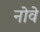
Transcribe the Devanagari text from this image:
नोवे